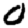
Digit: 0